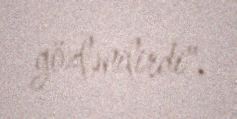
gözlənilirdi".